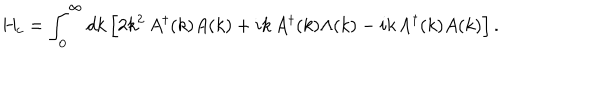
H _ { c } = \int _ { 0 } ^ { \infty } d k \, \Bigl [ 2 k ^ { 2 } \, A ^ { \dagger } ( k ) A ( k ) + i k \, A ^ { \dagger } ( k ) \Lambda ( k ) - i k \, \Lambda ^ { \dagger } ( k ) A ( k ) \Bigr ] \, .